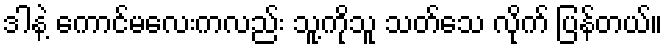
ဒါနဲ့ ကောင်မလေးကလည်း သူ့ကိုသူ သတ်သေ လိုက် ပြန်တယ်။